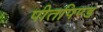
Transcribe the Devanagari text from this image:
पीतपिण्ड